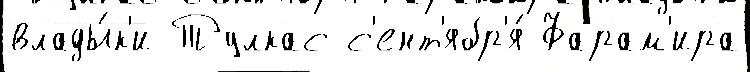
влады́к'и Тулкас с'ент'ябр'я́ Фарам'ира